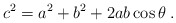
\begin{align*}c^2 = a^2 + b^2 + 2 ab \cos \theta\;.\end{align*}